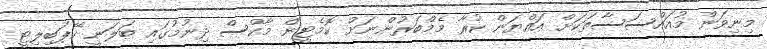
މިނިވަން މުއައްސަސާތަކަށް އައްޔަން ކުރާ މެމްބަރުންނަށް ކޮމެޓީން މާކްސް ދިނުމުގައި ބަލަނީ ކޭޕަބިލިޓީ